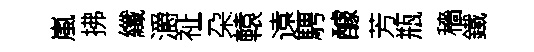
嵐拂纖灂祉朶轅遠騁醵芳瓶穡鐵